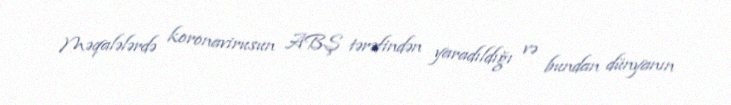
Məqalələrdə koronavirusun ABŞ tərəfindən yaradıldığı və bundan dünyanın